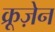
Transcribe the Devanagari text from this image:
क्रूज़ेन